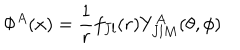
LaTeX: \Phi ^ { A } ( x ) = { \frac { 1 } { r } } f _ { J l } ( r ) Y _ { J l M } ^ { A } ( \theta , \phi )